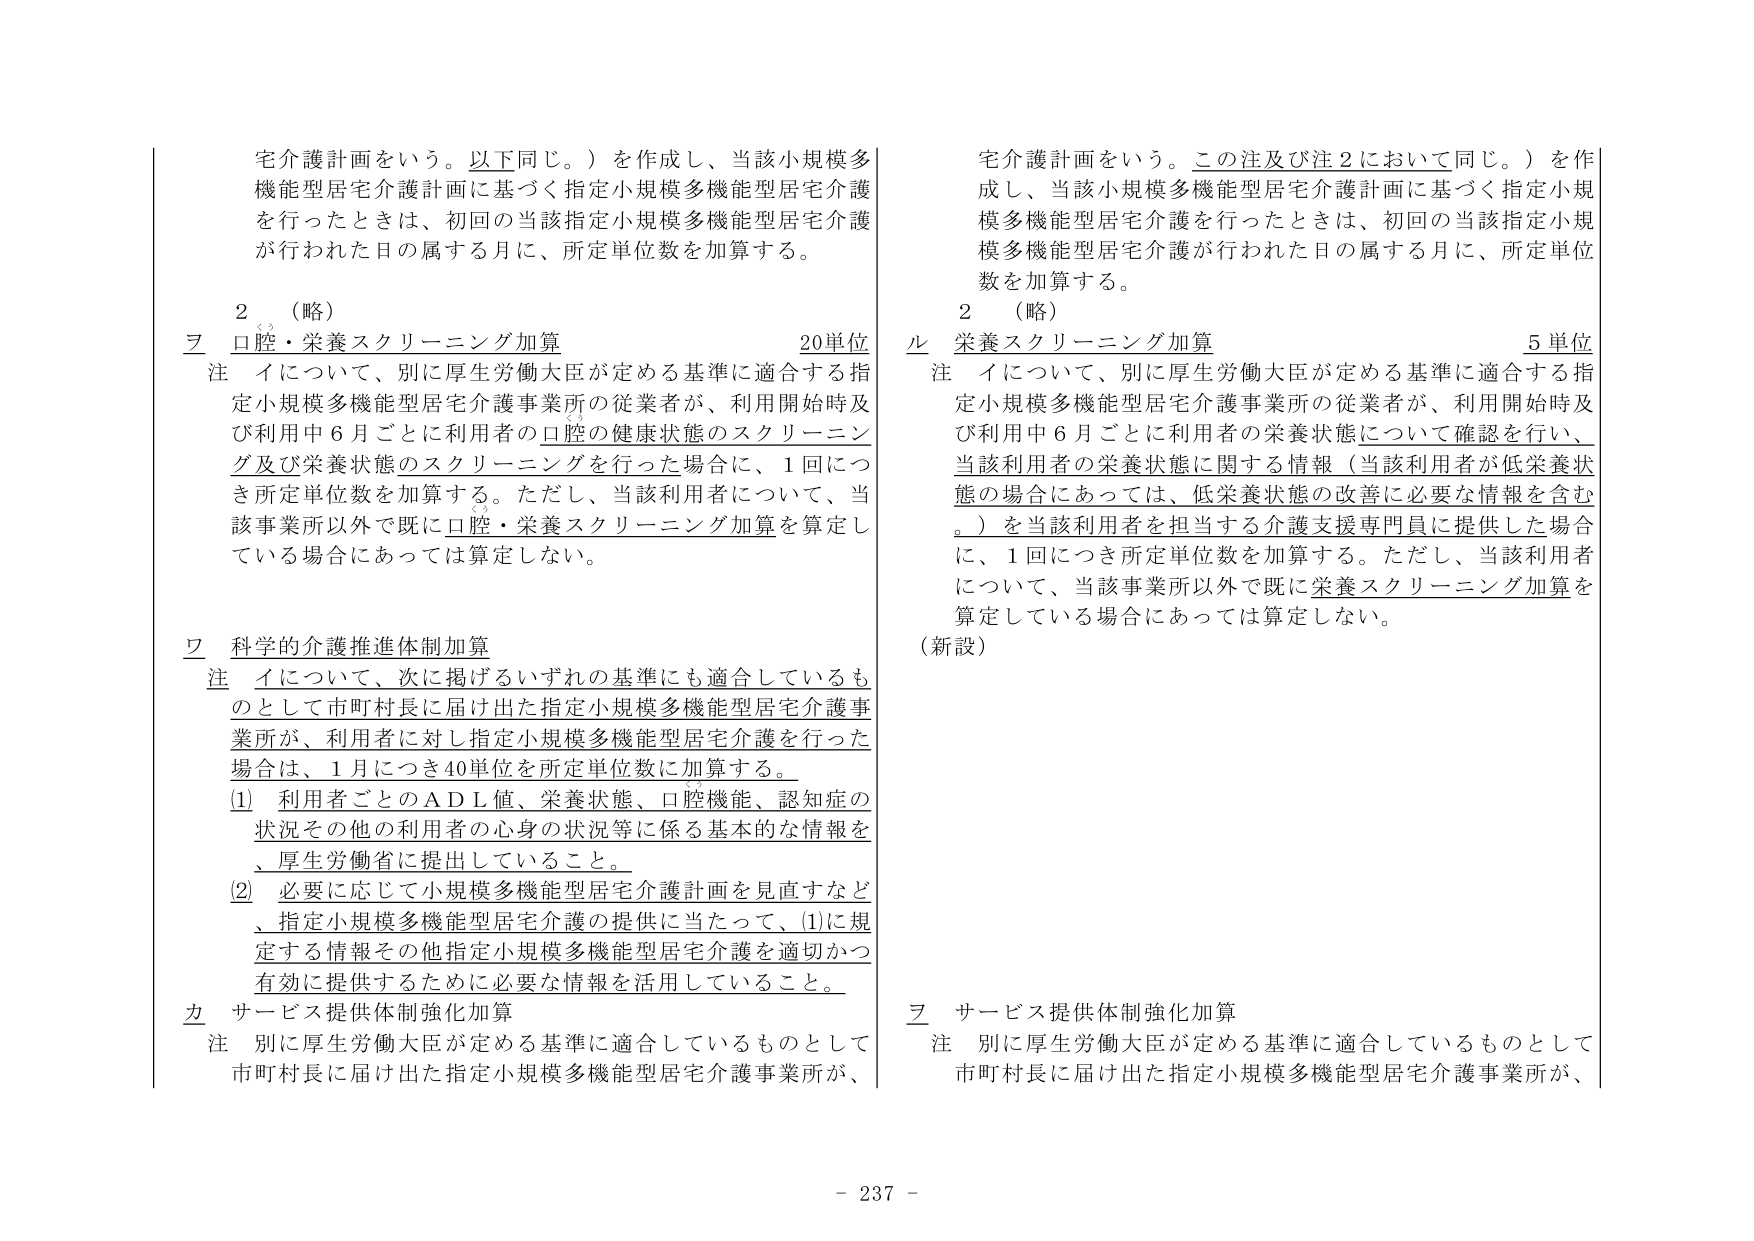
宅介護計画をいう。以下同じ。）を作成し、当該小規模多機能型居宅介護計画に基づく指定小規模多機能型居宅介護を行ったときは、初回の当該指定小規模多機能型居宅介護が行われた日の属する月に、所定単位数を加算する。

２　（略）

ヲ　口腔・栄養スクリーニング加算　　　　　　　　　　20単位

注　イについて、別に厚生労働大臣が定める基準に適合する指定小規模多機能型居宅介護事業所の従業者が、利用開始時及び利用中６月ごとに利用者の口腔の健康状態のスクリーニング及び栄養状態のスクリーニングを行った場合に、１回につき所定単位数を加算する。ただし、当該利用者について、当該事業所以外で既に口腔・栄養スクリーニング加算を算定している場合にあっては算定しない。

ワ　科学的介護推進体制加算

注　イについて、次に掲げるいずれの基準にも適合しているものとして市町村長に届け出た指定小規模多機能型居宅介護事業所が、利用者に対し指定小規模多機能型居宅介護を行った場合は、１月につき40単位を所定単位数に加算する。

(1)　利用者ごとのＡＤＬ値、栄養状態、口腔機能、認知症の状況その他の利用者の心身の状況等に係る基本的な情報を、厚生労働省に提出していること。

(2)　必要に応じて小規模多機能型居宅介護計画を見直すなど、指定小規模多機能型居宅介護の提供に当たって、(1)に規定する情報その他指定小規模多機能型居宅介護を適切かつ有効に提供するために必要な情報を活用していること。

カ　サービス提供体制強化加算

注　別に厚生労働大臣が定める基準に適合しているものとして市町村長に届け出た指定小規模多機能型居宅介護事業所が、

宅介護計画をいう。この注及び注２において同じ。）を作成し、当該小規模多機能型居宅介護計画に基づく指定小規模多機能型居宅介護を行ったときは、初回の当該指定小規模多機能型居宅介護が行われた日の属する月に、所定単位数を加算する。

２　（略）

ル　栄養スクリーニング加算　　　　　　　　　　　　　　5単位

注　イについて、別に厚生労働大臣が定める基準に適合する指定小規模多機能型居宅介護事業所の従業者が、利用開始時及び利用中６月ごとに利用者の栄養状態について確認を行い、当該利用者の栄養状態に関する情報（当該利用者が低栄養状態の場合にあっては、低栄養状態の改善に必要な情報を含む。）を当該利用者を担当する介護支援専門員に提供した場合に、１回につき所定単位数を加算する。ただし、当該利用者について、当該事業所以外で既に栄養スクリーニング加算を算定している場合にあっては算定しない。

（新設）

ヲ　サービス提供体制強化加算

注　別に厚生労働大臣が定める基準に適合しているものとして市町村長に届け出た指定小規模多機能型居宅介護事業所が、

- 237 -